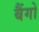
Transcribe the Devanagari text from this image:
बैंगो